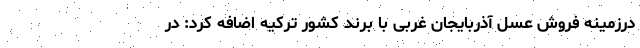
درزمینهٔ فروش عسل آذربایجان غربی با برند کشور ترکیه اضافه کرد: در